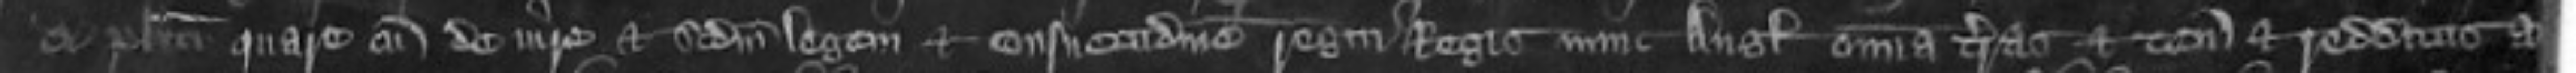
de placito quare cum de iure et sedem legem et consuetudinem regni Regis nunc Anglie omnia terras et tenementibus et redditus ac